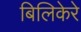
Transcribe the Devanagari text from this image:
बिलिकेरे